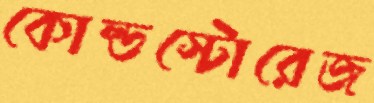
কোল্ডস্টোরেজ